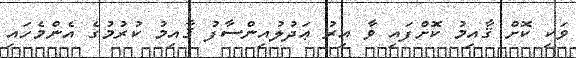
ވަކި ކޮށް ޤާއިމު ކޮށްފައި ވާ އިރު ޢަދުލުއިންސާފު ޤާއިމު ކުރުމުގެ އެންމެހައި